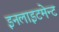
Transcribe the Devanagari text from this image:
इनलाइटमेन्ट